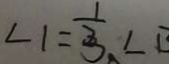
\angle 1 = \frac { 1 } { 3 } \angle B